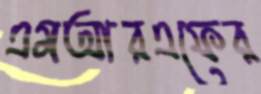
এমআরএফের